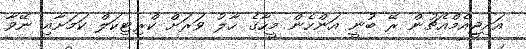
އައިޖީއެމްއެޗުން ރޭ ބުނީ އަންހެން މީހާގެ ހާލު ވަރަށް ކްރިޓިކަލް ކަމަށާއި ނޭވާ